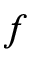
f